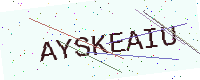
Text: AYSKEAIU